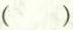
（）